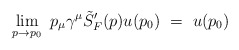
\begin{align*}\lim_{p \rightarrow p_0} \ p_\mu \gamma^\mu \tilde{S}'_F(p) u(p_0) \ = \ u(p_0)\end{align*}